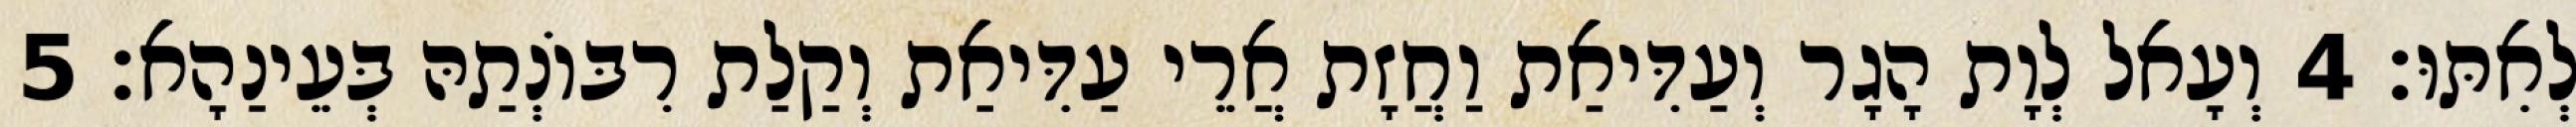
לְאִתּוּ׃ 4 וְעָאל לְוָת הָגָר וְעַדִּיאַת וַחֲזָת אֲרֵי עַדִּיאַת וְקַלַת רִבּוֹנְתַהּ בְּעֵינַהָא׃ 5